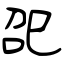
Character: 巶